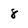
Character: 8